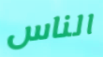
الناس